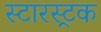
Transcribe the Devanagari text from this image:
स्टारस्ट्रक